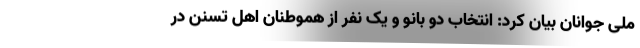
ملی جوانان بیان کرد: انتخاب دو بانو و یک نفر از هموطنان اهل تسنن در